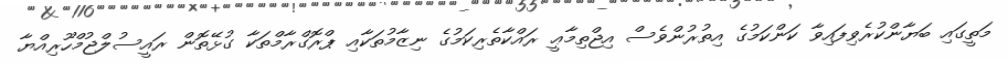
މަތީގައި ބަޔާންކުރެވިފައިވާ ކަންކަމުގެ އިތުރުންވެސް އިޖްތިމާޢީ ރައްކާތެރިކަމުގެ ނިޒާމުތަކާއި ޕްރޮގްރާމްތަކާ ގުޅޭތޮން ރައީސުލްޖުމްހޫރިއްޔާ